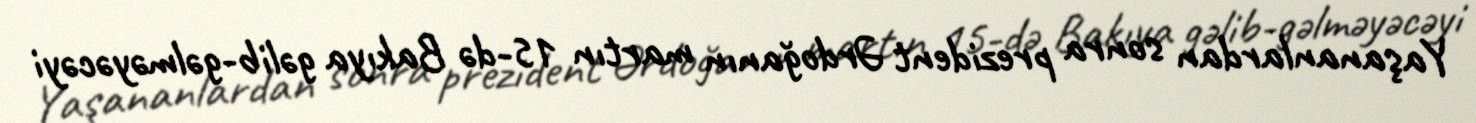
Yaşananlardan sonra prezident Ərdoğanın martın 15-də Bakıya gəlib-gəlməyəcəyi